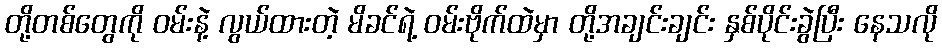
တို့တစ်တွေကို ဝမ်းနဲ့ လွယ်ထားတဲ့ မိခင်ရဲ့ ဝမ်းဗိုက်ထဲမှာ တို့အချင်းချင်း နှစ်ပိုင်းခွဲပြီး နေသလို